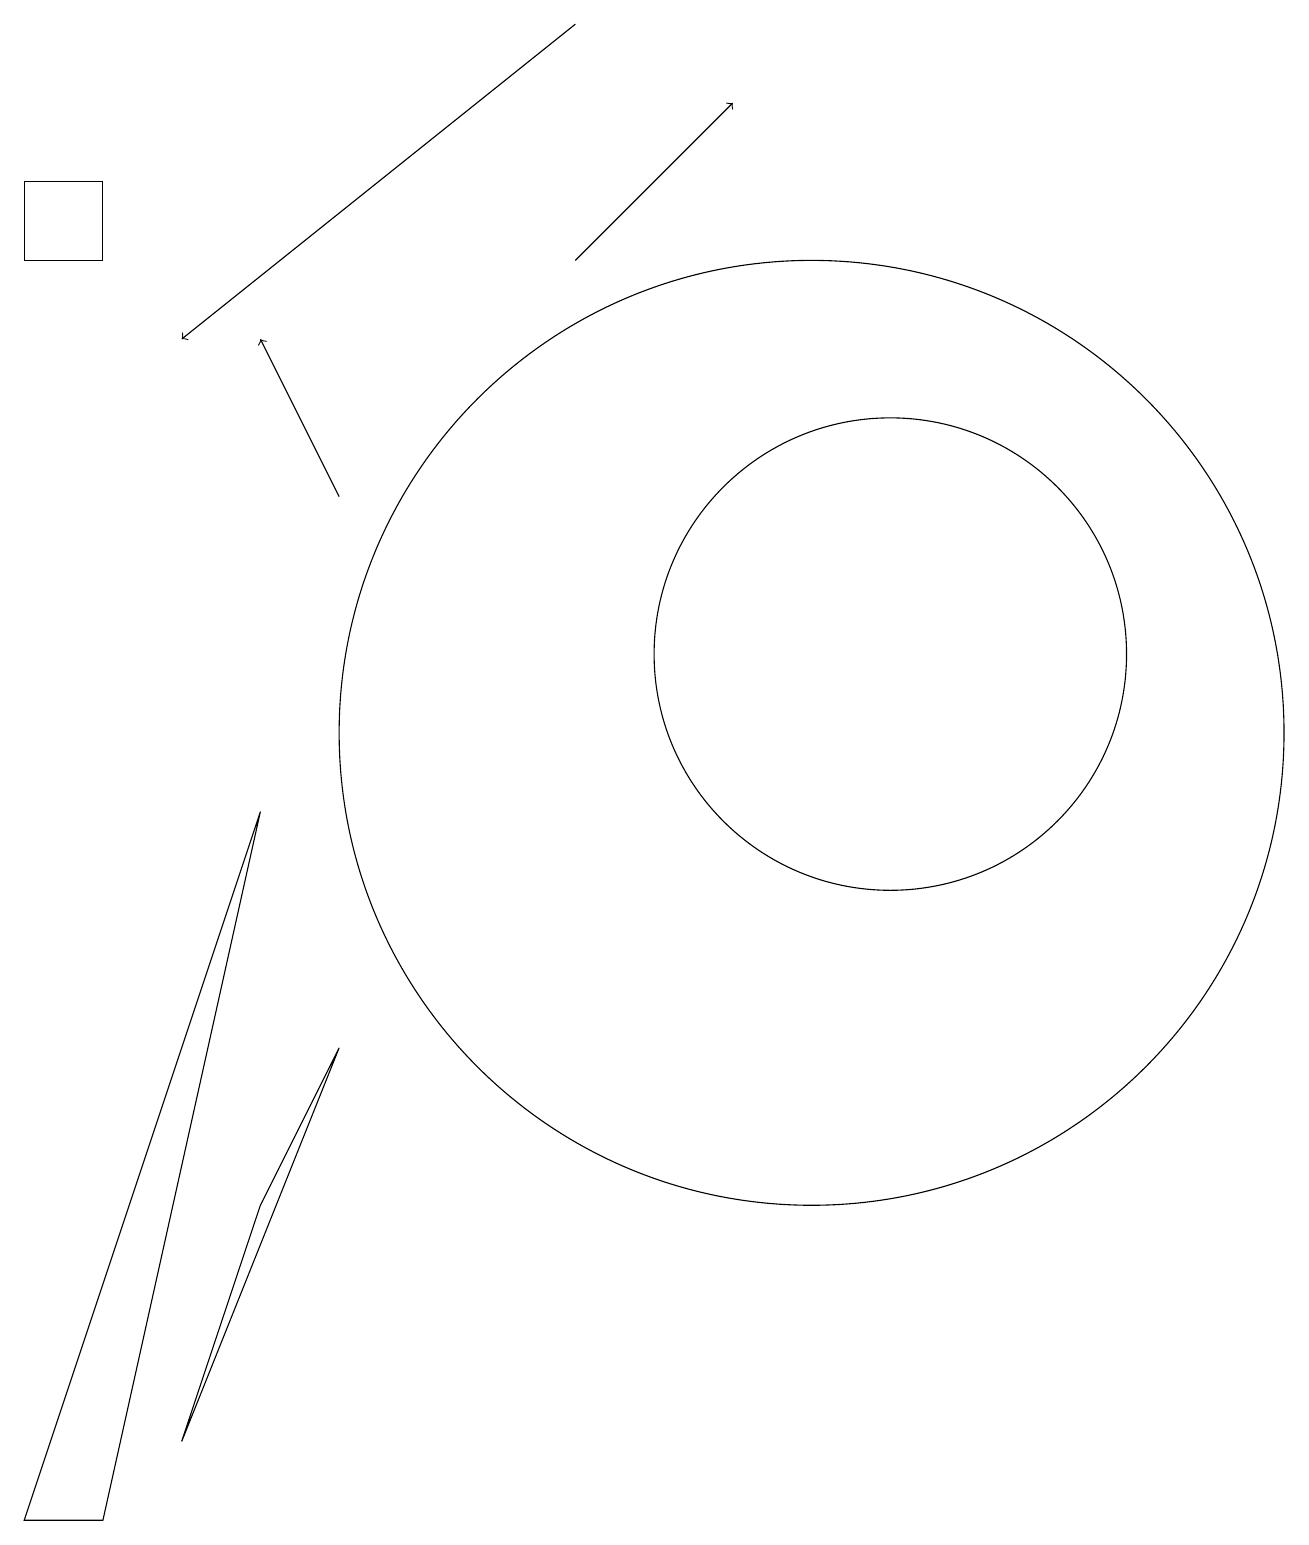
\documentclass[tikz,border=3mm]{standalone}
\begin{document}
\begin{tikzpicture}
\draw[->] (7,16) -- (9,18);
\draw (0,0) -- (3,9) -- (1,0) -- cycle;
\draw (11,11) circle (3);
\draw[->] (7,19) -- (2,15);
\draw[->] (4,13) -- (3,15);
\draw (10,10) circle (6);
\draw (0,16) rectangle (1,17);
\draw (3,4) -- (2,1) -- (4,6) -- cycle;
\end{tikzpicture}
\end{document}